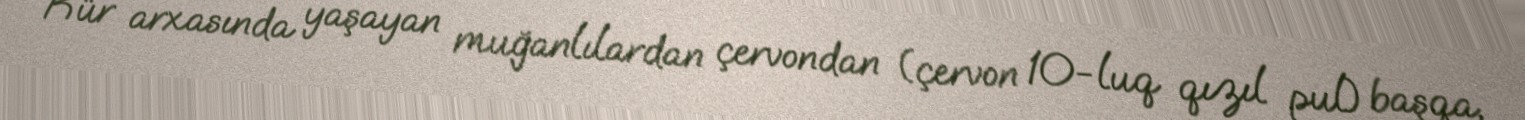
Kür arxasında yaşayan muğanlılardan çervondan (çervon 10-luq qızıl pul) başqa,